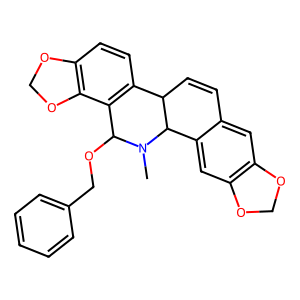
SMILES: CN1C(OCc2ccccc2)c2c(ccc3c2OCO3)C2C=Cc3cc4c(cc3C21)OCO4
Inhibits HIV replication: No